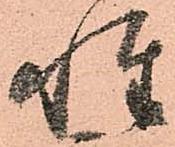
性